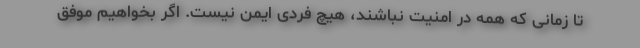
تا زمانی که همه در امنیت نباشند، هیچ فردی ایمن نیست. اگر بخواهیم موفق